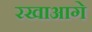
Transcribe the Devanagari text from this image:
रखाआगे